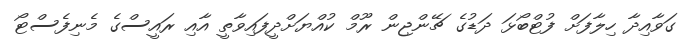
ގަވާއިދާ ހިލާފަށް ފުޓްބޯޅަ ދަޑުގެ ޗޭންޖިން ރޫމް ކުއްޔަށްދީފައިވާތީ އާއި ރައީސްގެ މެނިފެސްޓޯ